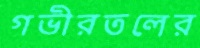
গভীরতলের